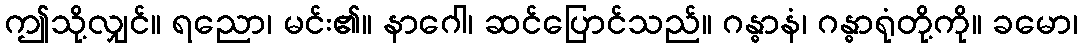
ဤသို့လျှင်။ ရညော၊ မင်း၏။ နာဂေါ၊ ဆင်ပြောင်သည်။ ဂန္ဓာနံ၊ ဂန္ဓာရုံတို့ကို။ ခမော၊